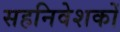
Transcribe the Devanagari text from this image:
सहनिवेशकों